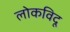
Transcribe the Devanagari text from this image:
लोकविदू